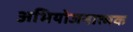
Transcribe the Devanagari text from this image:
अभियोजनात्मक